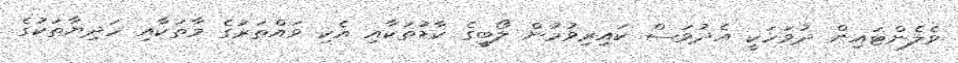
ވެލެންޓައިން ދުވަހަކީ އެދުވަސް ކައިރިވުމުން ލޯބީގެ ކާޑުތަކާއި އެކި ވައްތަރުގެ މާތަކާއި ހަދިޔާތަކުގެ